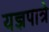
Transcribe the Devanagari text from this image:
यज्ञपात्रे